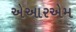
એઆરએમ